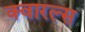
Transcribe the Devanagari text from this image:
क्वारल्स